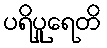
ပရိပူရေတိ